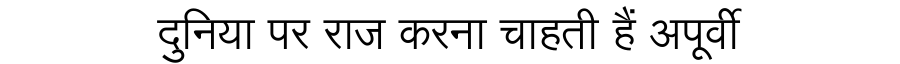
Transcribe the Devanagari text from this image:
दुनिया पर राज करना चाहती हैं अपूर्वी